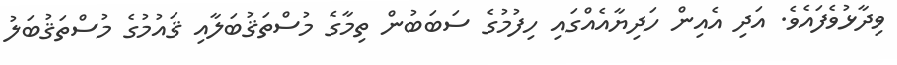
ވިދާޅުވެފައެވެ. އަދި އެއިން ހަދިޔާއެއްގައި ހިފުމުގެ ސަބަބުން ތިމާގެ މުސްތަޤުބަލާއި ޤައުމުގެ މުސްތަޤުބަލު